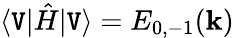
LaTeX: \langle\mathtt{V}|\hat{{H}}|\mathtt{V}\rangle=E_{0,-1}(\mathbf{{k}})